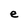
Character: e